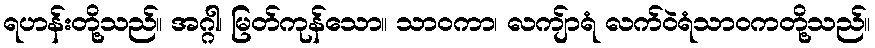
ရဟန်းတို့သည်။ အဂ္ဂါ၊ မြတ်ကုန်သော။ သာဝကာ၊ လကျ်ာရံ လက်ဝဲရံသာဝကတို့သည်။